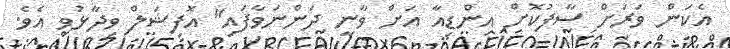
އެކަން ވަރަށް ސާފުކޮށް އިންޑިއާ އަށް ވާނީ ދަންނަވާފައި" އޮފިޝަލް ވިދާޅުވި އެވެ.